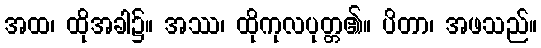
အထ၊ ထိုအခါ၌။ အဿ၊ ထိုကုလပုတ္တ၏။ ပိတာ၊ အဖသည်။